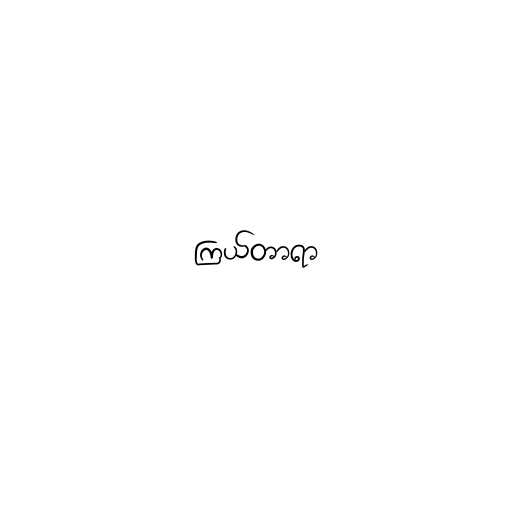
ကြယ်တာရာ